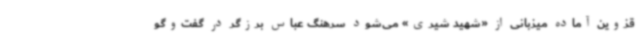
قزوین آماده میزبانی از «شهید شیری» می‌شود سرهنگ عباس برزگر در گفت‌وگو